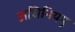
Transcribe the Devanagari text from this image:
अधिनियमृ